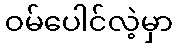
ဝမ်ပေါင်လဲ့မှာ